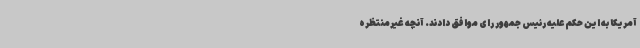
آمریکا به این حکم علیه رئیس جمهور رای موافق دادند. آنچه غیرمنتظره